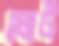
ঘোট